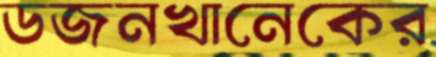
ডজনখানেকের